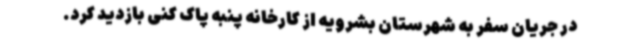
در جریان سفر به شهرستان بشرویه از کارخانه پنبه پاک کنی بازدید کرد.